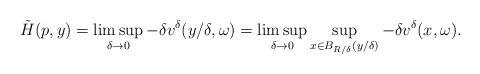
LaTeX: \begin{align*}\tilde{H}(p,y)=\limsup_{\delta\rightarrow 0}-\delta v^\delta(y/\delta,\omega)=\limsup_{\delta\rightarrow 0}\sup_{x\in B_{R/\delta}(y/\delta)}-\delta v^\delta(x,\omega).\end{align*}